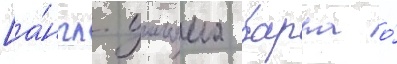
[а́нгл. уильяма барра о́